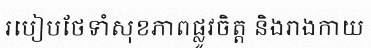
របៀបថែទាំសុខភាពផ្លូវចិត្ត និងរាងកាយ